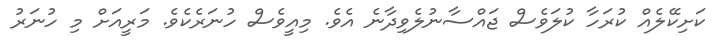
ކަށިކޭލެއް ކުރަހާ ކުލަވެސް ޖައްސާނުލެވިދާނެ އެވެ. މިއީވެސް ހުނަރެކެވެ. މަރީއަށް މި ހުނަރު